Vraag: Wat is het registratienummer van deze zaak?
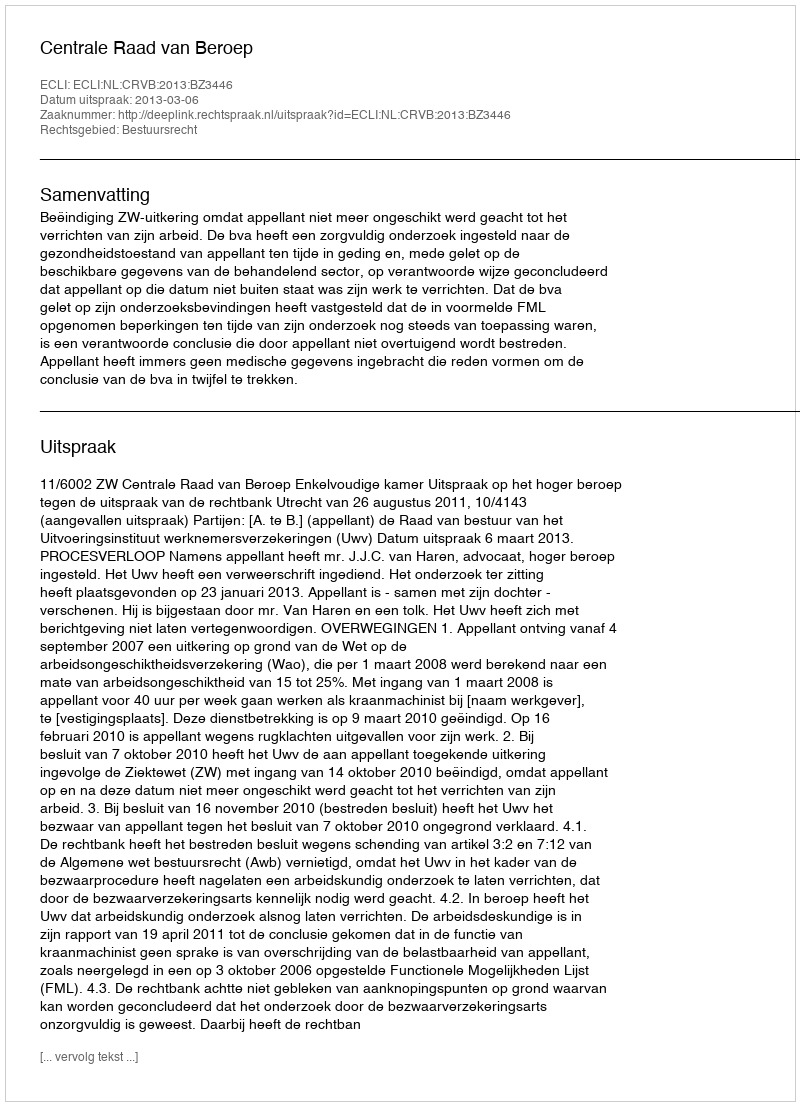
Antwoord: http://deeplink.rechtspraak.nl/uitspraak?id=ECLI:NL:CRVB:2013:BZ3446